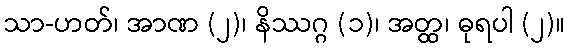
သာ-ဟတ်၊ အာဏ (၂)၊ နိဿဂ္ဂ (၁)၊ အတ္ထ၊ ဓုရပါ (၂)။